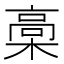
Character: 槀